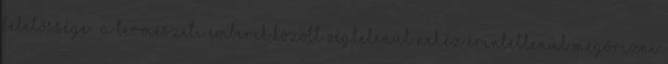
felelőssége. „A természeti emberek között végtelenül nehéz érintetlenül megőrizni